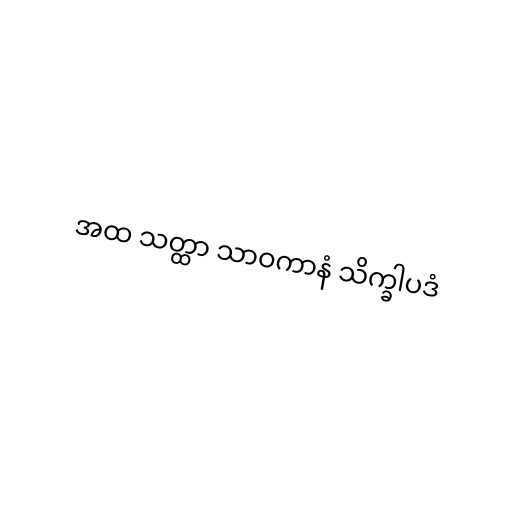
အထ သတ္ထာ သာဝကာနံ သိက္ခါပဒံ